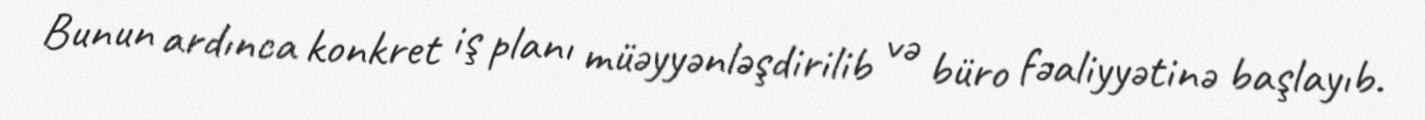
Bunun ardınca konkret iş planı müəyyənləşdirilib və büro fəaliyyətinə başlayıb.